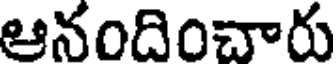
ఆనందించారు